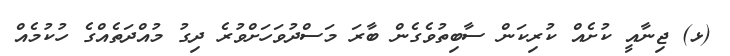
(ޅ) ޖިނާއީ ކުށެއް ކުރިކަން ސާބިތުވެގެން ބާރަ މަސްދުވަހަށްވުރެ ދިގު މުއްދަތެއްގެ ހުކުމެއް